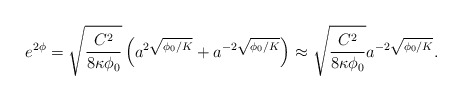
\begin{align*}e^{2\phi}=\sqrt{\frac{C^2}{8\kappa \phi_0}} \left( a^{2\sqrt{\phi_0/K}} + a^{-2\sqrt{\phi_0/K}}\right) \approx \sqrt{\frac{C^2}{8\kappa \phi_0}} a^{-2\sqrt{\phi_0/K}}.\end{align*}